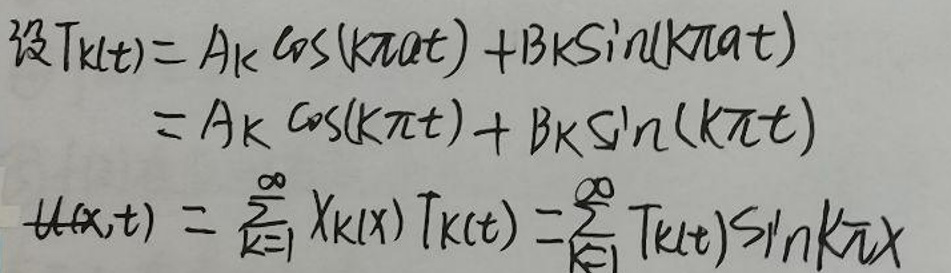
设\( T_{k}(t)&=A_{k}\cos(k\omega t)+B_{k}\sin(k\omega t)\)\\
\(&=A_{k}\cos(k\pi t)+B_{k}\sin(k\pi t)\)\\
\(u(x,t)&=\sum_{k = 1}^{\infty}X_{k}(x)T_{k}(t)=\sum_{k = 1}^{\infty}T_{k}(t)\sin(k\pi x)\)